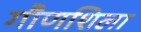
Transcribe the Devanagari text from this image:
गौणशिला